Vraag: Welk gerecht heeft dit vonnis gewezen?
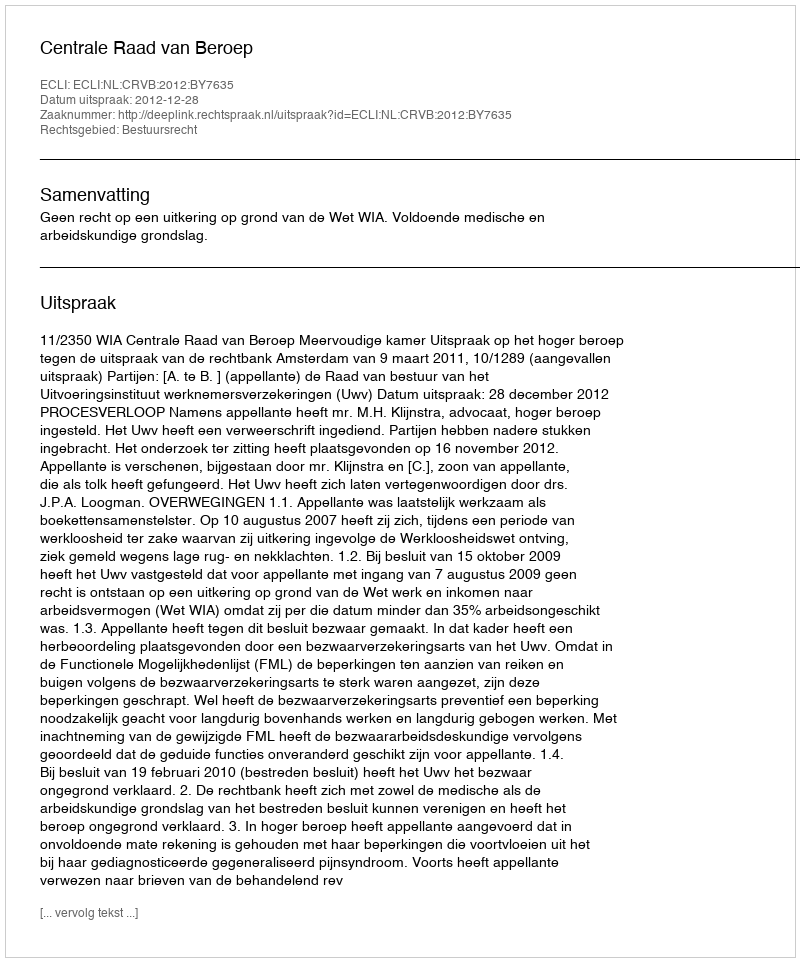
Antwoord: Centrale Raad van Beroep